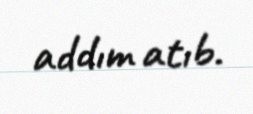
addım atıb.